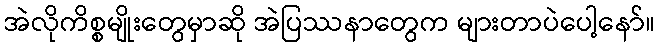
အဲလိုကိစ္စမျိုးတွေမှာဆို အဲပြဿနာတွေက များတာပဲပေါ့နော်။